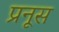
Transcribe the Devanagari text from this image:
प्रनूस